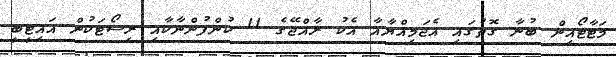
މަޓާޓޯއިން ބުނާ ގޮތުގައި އެޖަމިއްޔާއާ އެކު ރާއްޖޭގެ 11 ކުންފުންނާކާއި ރިސޯޓަކުން އައިޓީބީ